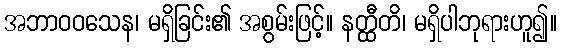
အဘာဝဝသေန၊ မရှိခြင်း၏ အစွမ်းဖြင့်။ နတ္ထီတိ၊ မရှိပါဘုရားဟူ၍။